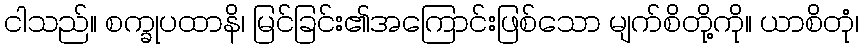
ငါသည်။ စက္ခုပထာနိ၊ မြင်ခြင်း၏အကြောင်းဖြစ်သော မျက်စိတို့ကို။ ယာစိတုံ၊